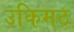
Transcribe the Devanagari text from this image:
उकिमठ